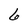
Character: 6